Annual report of the Punjab Veterinary College and of the Civil Veterinary Department, Punjab - 1909-1919
Year: 1909
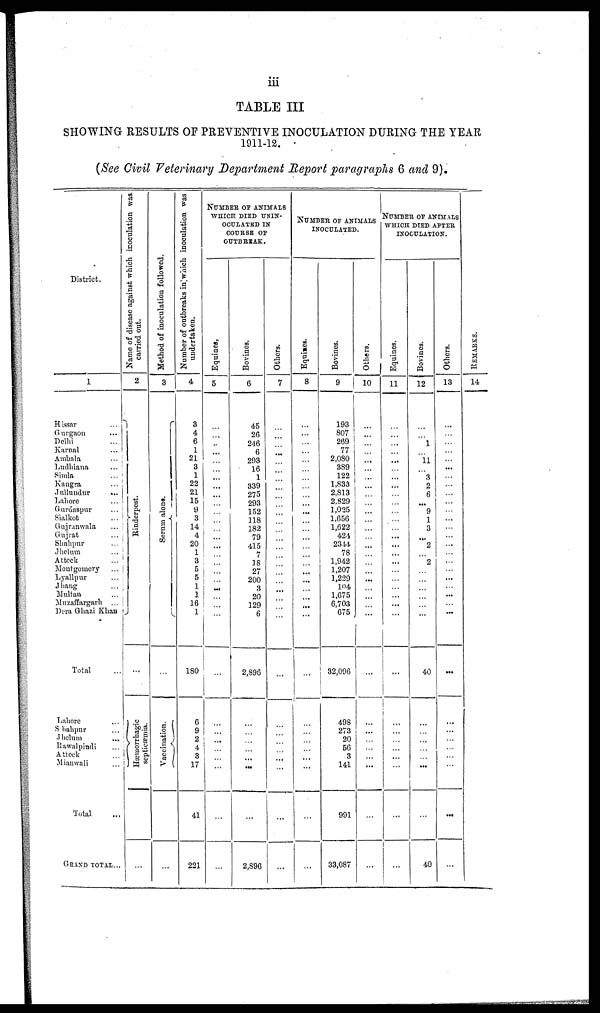
iii
TABLE III
SHOWING RESULTS OF PREVENTIVE INOCULATION DURING THE YEAR
1911-12.
(See Civil Veterinary Department Report paragraphs 6 and 9).
District.
1
Hissar
...
Gurgaon
...
Delhi
...
Karnal
...
Ambala ...
Ludhiana
...
Simla
..
Kangra ...
Jullundur
.
Lahore ...
Gurdaspur ...
Sialkot ...
Gujranwala ...
Gujrat ...
Shahpur ...
Jhelum ...
Attock ...
Montgomery ...
Lyallpur ...
Jhang ...
Multan ...
Muzaffargarh
...
Dara Ghazi Khan
Total ...
Lahore ...
Silahpur ...
Jhelum ...
Rawalpindi ...
Attock ...
Mianwali ...
Total ...
GRAND TOTAL...
Name of disease against which inoculation was.
carried out.
2
Rinderpest.
...
Hæmorrhagic
scpticæmia.
...
Method of inoculation followed.
3
Se r
um alone.
Vaccination.
...
Number of outbreaks in which
inoculation was
undertaken.
4
3
4
6
1
21
3
1
22
21
15
9
3
14
4
20
1
3
5
5
1
1
16
1
180
6
9
2
4
3
17
41
221
NUMBER OF ANIMALS
WHICH DIED UNIN-
OCULATED IN
COURSE OF
OUTBREAK.
Equines,
5
...
...
...
...
...
...
...
...
...
...
...
...
...
...
...
...
...
...
...
...
...
...
...
...
...
...
...
...
...
...
...
...
Bovines.
6
45
26
246
6
293
16
1
339
275
293
152
118
182
79
415
7
18
27
200
3
20
129
6
2,890
...
...
...
...
...
...
...
2,896
Others.
7
...
...
...
...
...
...
...
...
...
...
...
...
...
...
...
...
...
...
...
...
...
...
...
...
...
...
...
...
...
...
...
...
NUMBER OF ANIMALS
INCULATED.
Equines.
8
...
...
...
...
...
...
...
...
...
...
...
...
...
...
...
...
...
...
...
...
...
...
...
...
...
...
...
...
...
...
...
...
Bovines.
9
193
807
269
77
2,080
389
122
1,833
2,813
2,829
1,025
1,656
1,622
424
2344
78
1,942
1,207
1,229
104
1,675
6,703
675
32,096
498
273
20
56
3
141
991
33,087
Others.
10
...
...
...
...
...
...
...
...
...
...
...
...
...
...
...
...
...
...
......
...
...
...
...
...
...
...
...
...
...
...
...
...
NUMBER OF ANIMALS
WHICH DIED AFTER
INOCULATION.
Equines.
11
...
...
...
...
...
...
...
...
...
...
...
...
...
...
...
...
...
...
...
...
...
...
...
......
...
...
...
...
...
...
...
...
Bovines.
12
...
...
1
...
11
...
3
2
6
...
9
1
3
...
2
...
2
...
...
...
...
...
...
40
...
...
...
...
...
...
...
40
Others.
13
...
...
...
...
...
...
...
...
...
...
...
...
...
...
...
...
...
...
...
...
...
...
...
...
...
...
...
...
...
...
...
...
RE MARKS .
14